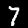
Digit: 7